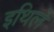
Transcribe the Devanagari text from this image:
इथिले